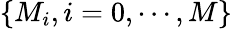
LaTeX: \{ M_{i},i=0,\cdots,M\}